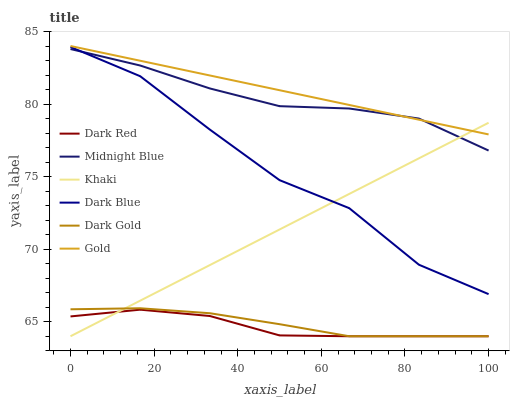
| xaxis_label | Dark Red | Midnight Blue | Khaki | Dark Blue | Dark Gold | Gold |
 | --- | --- | --- | --- | --- | --- | --- |
 | 0 | 65.4 | 83.8 | 64 | 83.9 | 65.9 | 84 |
 | 16.7 | 65.8 | 82.7 | 66.5 | 81.9 | 65.9 | 83 |
 | 33.3 | 65.4 | 81.1 | 68.9 | 78.2 | 65.6 | 82 |
 | 50 | 64.1 | 79.9 | 71.4 | 74.8 | 64.8 | 81 |
 | 66.7 | 64 | 79.7 | 73.8 | 72.8 | 64 | 79.9 |
 | 83.3 | 64 | 79 | 76.3 | 68.9 | 64 | 78.9 |
 | 100 | 64 | 76.8 | 78.7 | 66.9 | 64 | 77.9 |